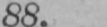
88.